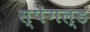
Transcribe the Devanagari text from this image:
स्पेंगल्ड